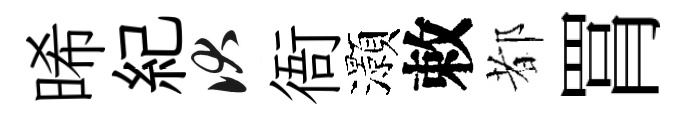
晞紀伏衙灝敕都罥